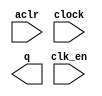
module counter_address_ram (
	aclr,
	clk_en,
	clock,
	q);

	input	  aclr;
	input	  clk_en;
	input	  clock;
	output	[9:0]  q;

endmodule